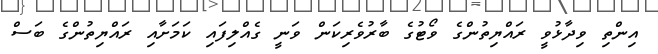
އިންތި ވިދާޅުވީ ރައްޔިތުންގެ ވޯޓުގެ ބާރުވެރިކަން ވަނީ ގެއްލިފައި ކަމަށާއި ރައްޔިތުންގެ ބަސް